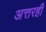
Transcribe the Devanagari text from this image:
अत्तरही